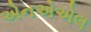
એનએએલ